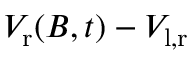
V _ { \mathrm { r } } ( B , t ) - V _ { \mathrm { l , r } }